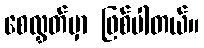
စေလွှတ်မှာ ဖြစ်ပါတယ်။